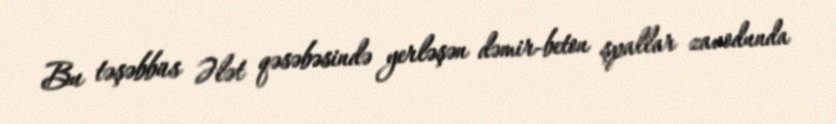
Bu təşəbbüs Ələt qəsəbəsində yerləşən dəmir-beton şpallar zavodunda